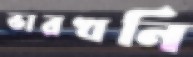
ভারখনি